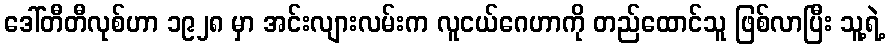
ဒေါ်တီတီလုစ်ဟာ ၁၉၂၈ မှာ အင်းလျားလမ်းက လူငယ်ဂေဟာကို တည်ထောင်သူ ဖြစ်လာပြီး သူ့ရဲ့